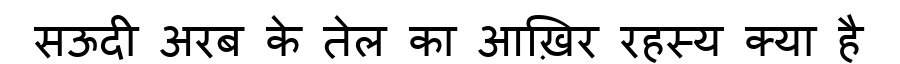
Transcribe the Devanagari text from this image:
सऊदी अरब के तेल का आख़िर रहस्य क्या है